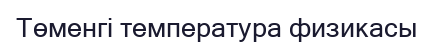
Төменгі температура физикасы